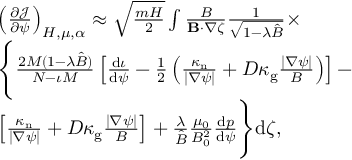
\begin{array} { r l } & { \left( \frac { \partial \mathcal { J } } { \partial \psi } \right) _ { H , \mu , \alpha } \approx \sqrt { \frac { m H } { 2 } } \int \frac { B } { \mathbf { B } \cdot \nabla \zeta } \frac { 1 } { \sqrt { 1 - \lambda \hat { B } } } \times } \\ & { \Bigg \{ \frac { 2 M ( 1 - \lambda \hat { B } ) } { N - \iota M } \left[ \frac { \mathrm { d } \iota } { \mathrm { d } \psi } - \frac { 1 } { 2 } \left( \frac { \kappa _ { \mathrm { n } } } { | \nabla \psi | } + D \kappa _ { \mathrm { g } } \frac { | \nabla \psi | } { B } \right) \right] - } \\ & { \left[ \frac { \kappa _ { \mathrm { n } } } { | \nabla \psi | } + D \kappa _ { \mathrm { g } } \frac { | \nabla \psi | } { B } \right] + \frac { \lambda } { \hat { B } } \frac { \mu _ { 0 } } { B _ { 0 } ^ { 2 } } \frac { \mathrm { d } p } { \mathrm { d } \psi } \Bigg \} \mathrm { d } \zeta , } \end{array}